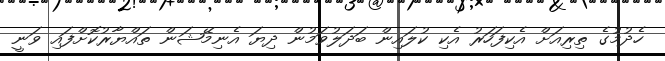
ހެދުމުގެ ތިރިއަށް އެކިފަހަރު އެކި ކުލައިން ބަދަލުވަމުން ދިޔަ އެނިމޭޝަން ތައްޔާރުކޮށްފައި ވަނީ